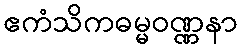
ဧကံသိကဓမ္မဝဏ္ဏနာ